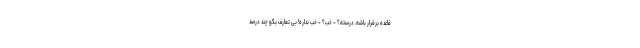
قاعده برقرار باشه. درسته؟ - خب؟ - خب نداره! بی تعارف بگو چند درصد